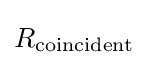
R_{\rm {coincident}}